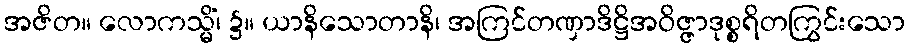
အဇိတ။ လောကသ္မိံ၊ ၌။ ယာနိသောတာနိ၊ အကြင်တဏှာဒိဋ္ဌိအဝိဇ္ဇာဒုစ္စရိတကြွင်းသော